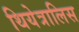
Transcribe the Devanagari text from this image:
थियेत्रालिस